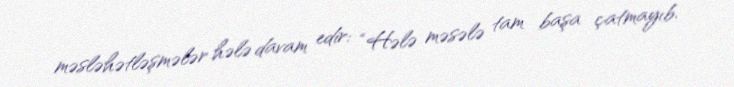
məsləhətləşmələr hələ davam edir: “Hələ məsələ tam başa çatmayıb.